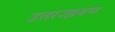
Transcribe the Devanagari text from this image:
उत्तरज्झयण